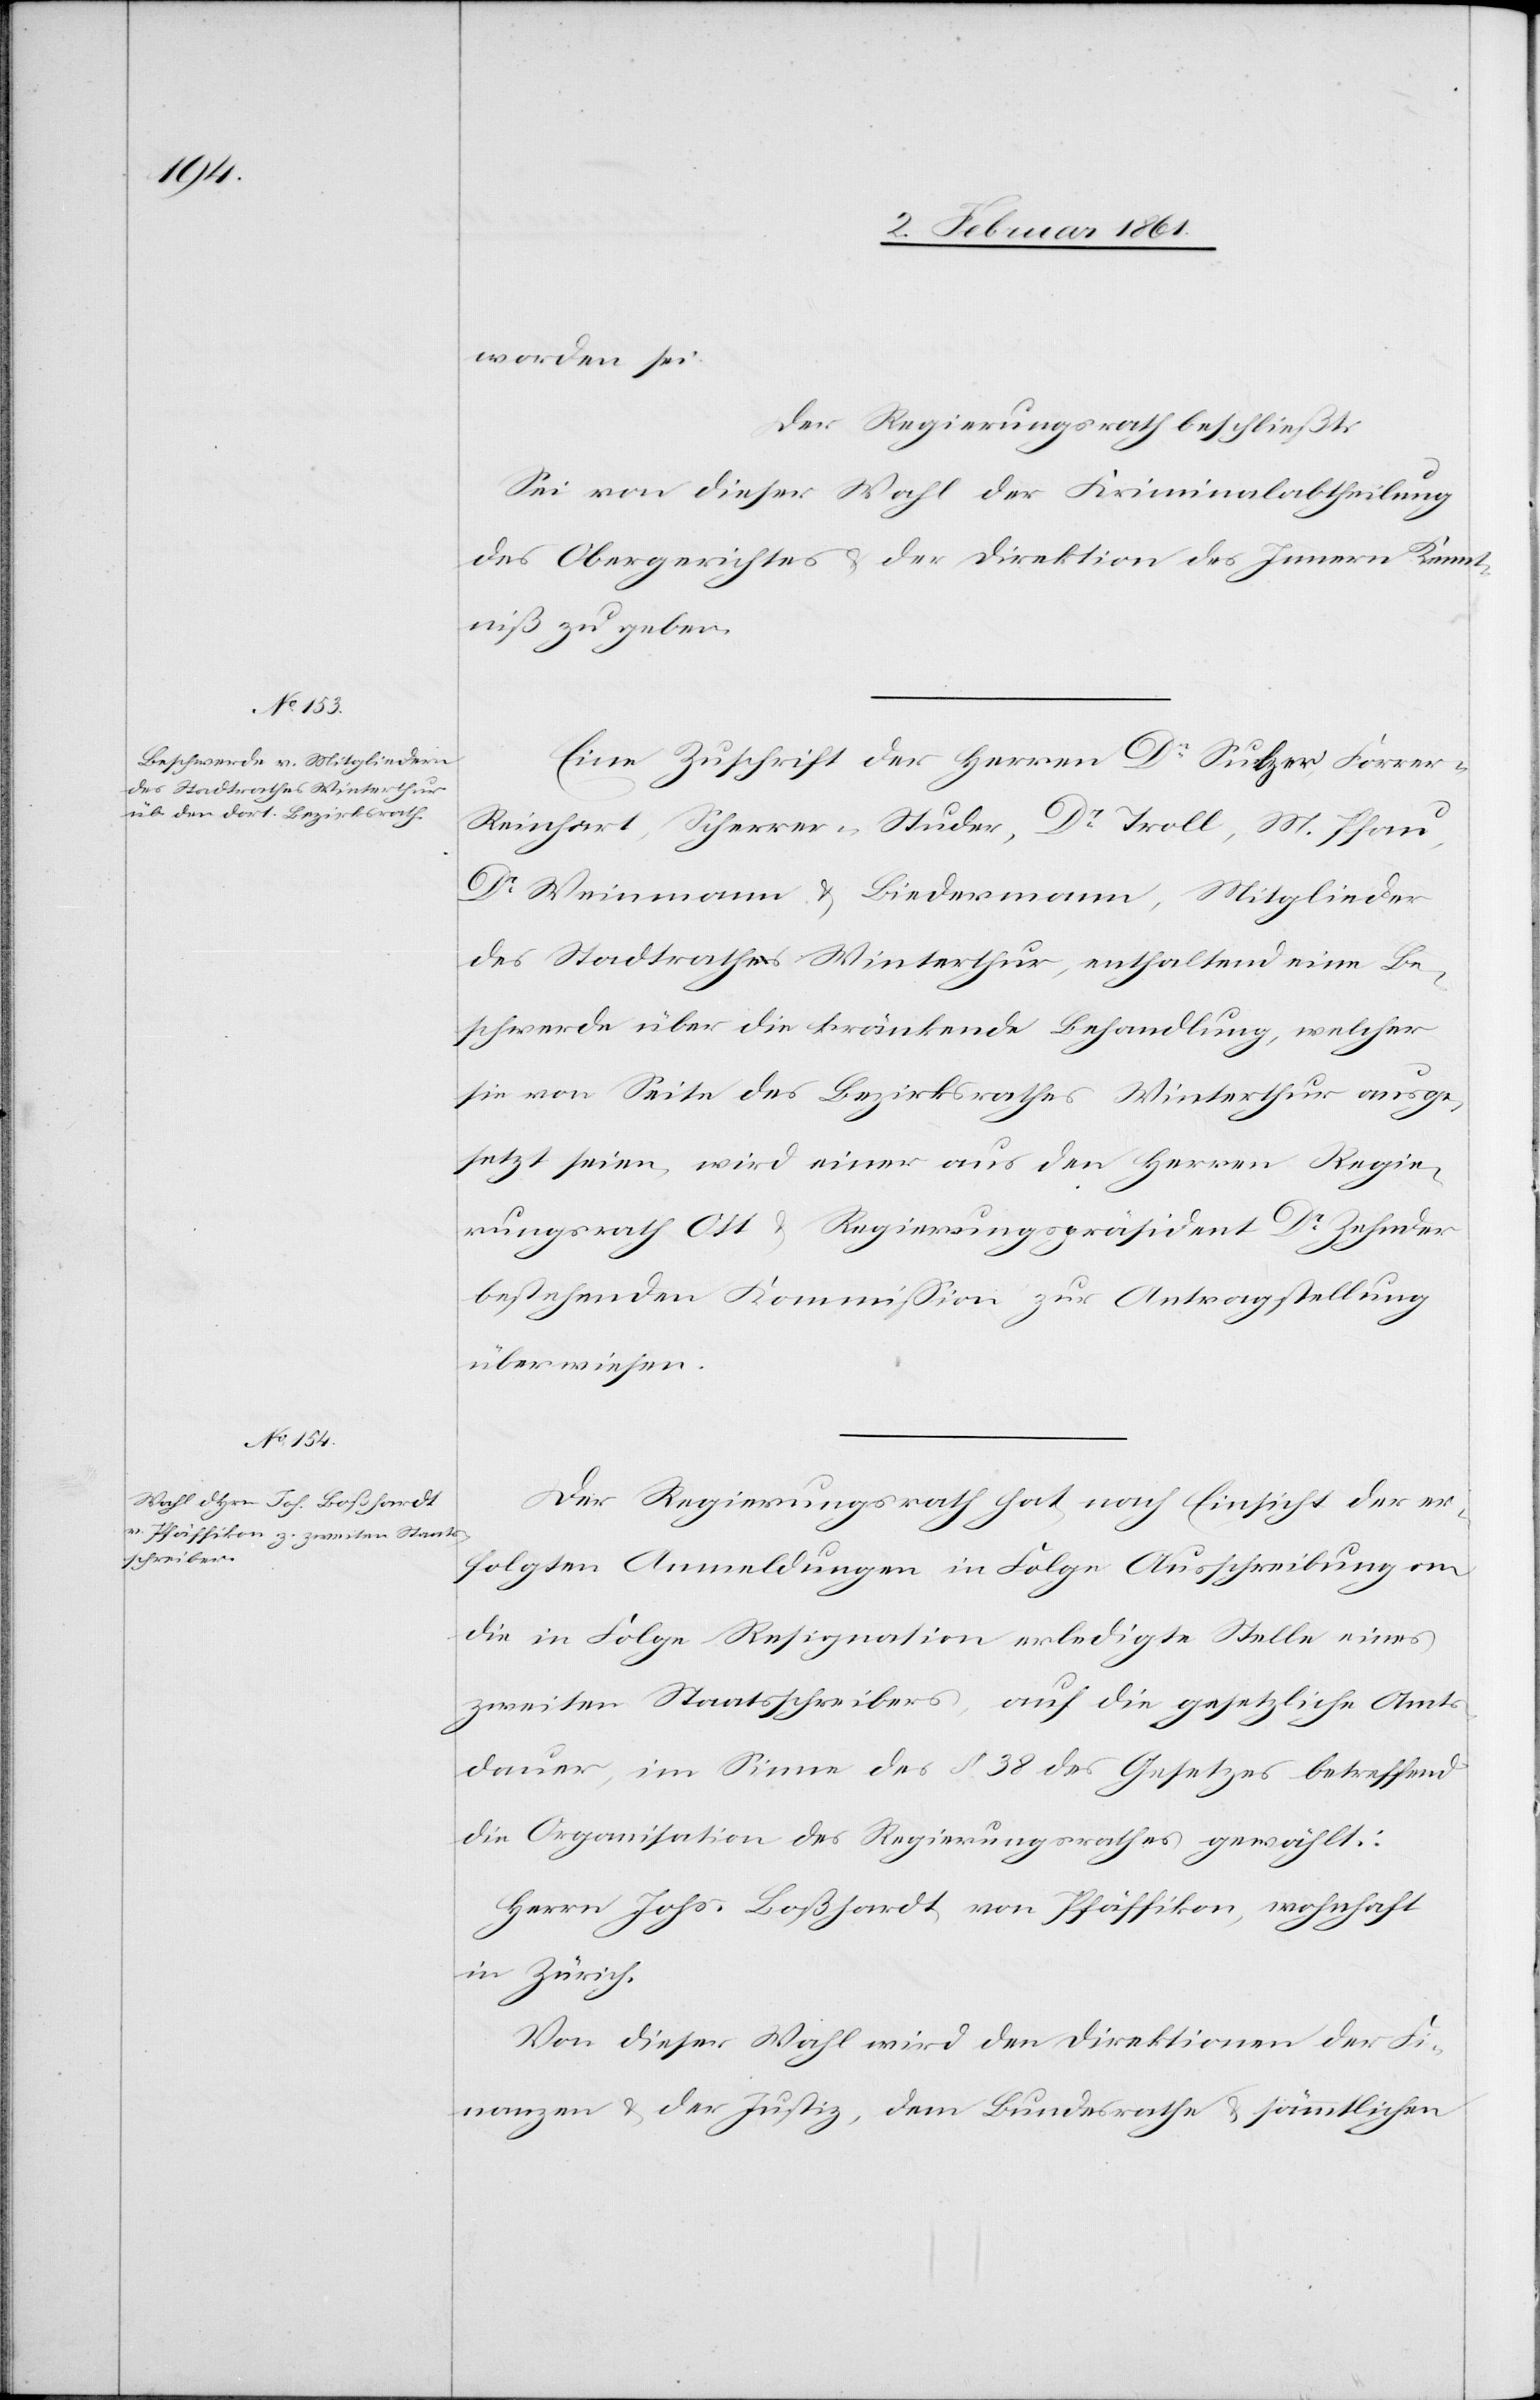
worden sei.
Der Regierungsrath beschließt:
Sei von dieser Wahl der Kriminalabtheilung
des Obergerichtes u. der Direktion des Innern Kennt¬
niss zu geben.
Eine Zuschrift der Herren Dr. Sulzer, Ferrer u.
Reinhart, Scherrer-Studer, Dr. Troll, M. Pfau,
Dr. Weinmann u. Biedermann, Mitglieder
des Stadtrathes Winterthur, enthaltend eine Be¬
schwerde über die kränkende Behandlung, welcher
sie von Seite des Bezirksrathes Winterthur ausge¬
setzt seien, wird einer aus den Herren Regie¬
rungsrath Ott u. Regierungspräsident Dr. Zehnder
bestehenden Kommission zur Antragstellung
überwiesen.
Der Regierungsrath hat, nach Einsicht der er¬
folgten Anmeldungen in Folge Ausschreibung an
die in Folge Resignation erledigte Stelle eines
zweiten Staatsschreibers, auf die gesetzliche Amt¬
sdauer, im Sinne des § 28 des Gesetzes betreffend
die Organisation des Regierungsrathes gewählt:
Herrn Johs. Boßhardt von Pfäffikon, wohnhaft
in Zürich.
Von dieser Wahl wird den Direktionen der Fi¬
nanzen u. der Justiz, dem Bundesrathe u. sämmtlichen